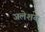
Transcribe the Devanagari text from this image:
जलेशय